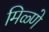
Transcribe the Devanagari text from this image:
मिळ्णे